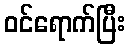
ဝင်ရောက်ပြီး